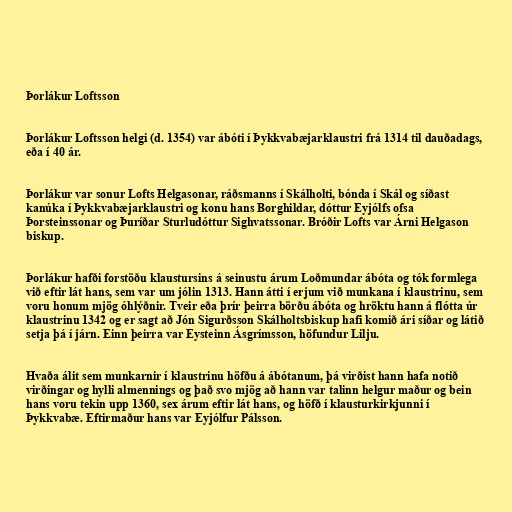
Þorlákur Loftsson

Þorlákur Loftsson helgi (d. 1354) var ábóti í Þykkvabæjarklaustri frá 1314 til dauðadags,
eða í 40 ár.

Þorlákur var sonur Lofts Helgasonar, ráðsmanns í Skálholti, bónda í Skál og síðast
kanúka í Þykkvabæjarklaustri og konu hans Borghildar, dóttur Eyjólfs ofsa
Þorsteinssonar og Þuríðar Sturludóttur Sighvatssonar. Bróðir Lofts var Árni Helgason
biskup.

Þorlákur hafði forstöðu klaustursins á seinustu árum Loðmundar ábóta og tók formlega
við eftir lát hans, sem var um jólin 1313. Hann átti í erjum við munkana í klaustrinu, sem
voru honum mjög óhlýðnir. Tveir eða þrír þeirra börðu ábóta og hröktu hann á flótta úr
klaustrinu 1342 og er sagt að Jón Sigurðsson Skálholtsbiskup hafi komið ári síðar og látið
setja þá í járn. Einn þeirra var Eysteinn Ásgrímsson, höfundur Lilju.

Hvaða álit sem munkarnir í klaustrinu höfðu á ábótanum, þá virðist hann hafa notið
virðingar og hylli almennings og það svo mjög að hann var talinn helgur maður og bein
hans voru tekin upp 1360, sex árum eftir lát hans, og höfð í klausturkirkjunni í
Þykkvabæ. Eftirmaður hans var Eyjólfur Pálsson.